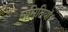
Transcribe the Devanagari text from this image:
समितियां।